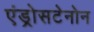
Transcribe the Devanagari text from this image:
एंड्रोसटेनोन